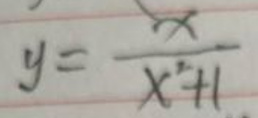
\[y = \frac{x}{x^{2}+1}\]